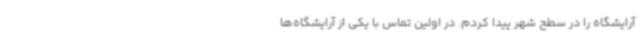
آرایشگاه را در سطح شهر پیدا کردم. در اولین تماس با یکی از آرایشگاه‌ها